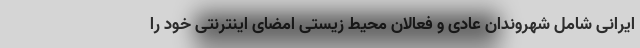
ایرانی شامل شهروندان عادی و فعالان محیط زیستی امضای اینترنتی خود را